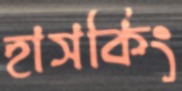
হাসকিং